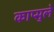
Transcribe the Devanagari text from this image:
काप्सुले